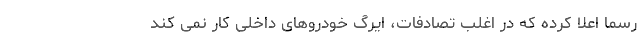
رسماً اعلا کرده که در اغلب تصادفات، ایرگ خودروهای داخلی کار نمی کند